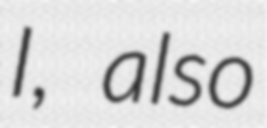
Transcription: I, also